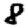
Digit: 8